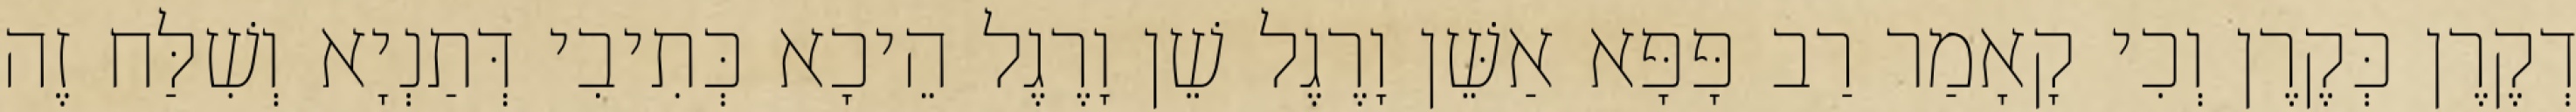
דְקֶרֶן כְּקֶרֶן וְכִי קָאָמַר רַב פָּפָּא אַשֵּׁן וָרֶגֶל שֵׁן וָרֶגֶל הֵיכָא כְּתִיבִי דְּתַנְיָא וְשִׁלַּח זֶה